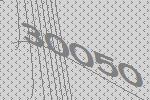
30050